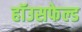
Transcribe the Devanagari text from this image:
हॉउसफेल्ड